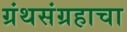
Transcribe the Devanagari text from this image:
ग्रंथसंग्रहाचा